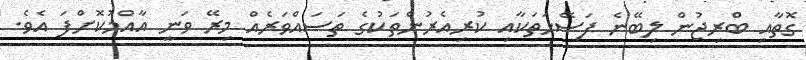
ގޮތާއި ބްރިޖުން ލިބޭނެ ފަސޭހަތަކާއި ކުރިއެރުންތަކުގެ ތަސައްވަރެއް މިރޭ ވަނީ އާއްމުކޮށްފަ އެވެ.